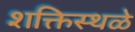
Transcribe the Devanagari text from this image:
शक्तिस्थळे